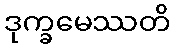
ဒုက္ခမေဿတိ